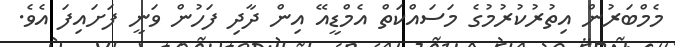
މެމްބަރުން އިތުރުކުރުމުގެ މަސައްކަތް އެމްޑީއޭ އިން ދާދި ފަހުން ވަނީ ފަށައިފަ އެވެ.